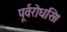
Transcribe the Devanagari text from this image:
पूर्वरोधसि।